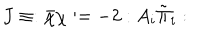
LaTeX: J \equiv : \bar { \chi } \chi : = - 2 : A _ { i } \tilde { \Pi } _ { i } :